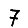
Digit: 7